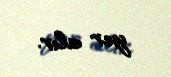
yer alır.